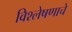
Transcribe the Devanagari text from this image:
विश्‍लेषणाचे